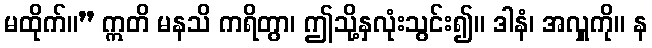
မထိုက်။” ဣတိ မနသိ ကရိတွာ၊ ဤသို့နှလုံးသွင်း၍။ ဒါနံ၊ အလှူကို။ န